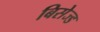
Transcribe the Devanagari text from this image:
बिसेज्ड